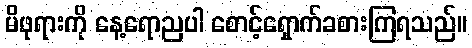
မိဖုရားကို နေ့ရောညပါ စောင့်ရှောက်ခစားကြရသည်။